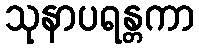
သုနာပရန္တကာ